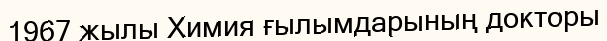
1967 жылы Химия ғылымдарының докторы